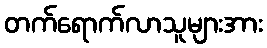
တက်ရောက်လာသူများအား